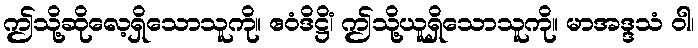
ဤသို့ဆိုလေ့ရှိသောသူကို။ ဧဝံဒိဋ္ဌိံ၊ ဤသို့ယူရှိသောသူကို။ မာအဒ္ဒသံ ဝါ၊